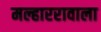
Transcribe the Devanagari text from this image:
मल्हाररावाला